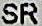
SR